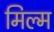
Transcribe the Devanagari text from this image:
मिल्म